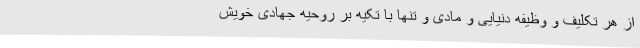
از هر تکلیف و وظیفه دنیایی و مادی و تنها با تکیه بر روحیه جهادی خویش